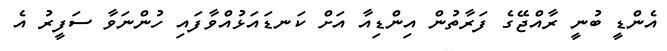
އެންޑީ ބުނީ ރާއްޖޭގެ ފަރާތުން އިންޑިއާ އަށް ކަނޑައަޅުއްވާފައި ހުންނަވާ ސަފީރު އެ